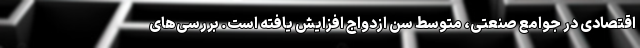
اقتصادی در جوامع صنعتی، متوسط سن ازدواج افزایش یافته است. بررسی‌های